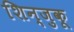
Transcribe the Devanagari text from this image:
शिन्जुकू